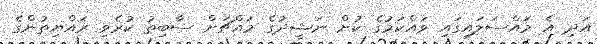
އަދި އެ މައްސަލައިގައި ވައްކަމުގެ ކުށް ނަޝީދުގެ މައްޗަށް ސާބިތު ކުރެވި ރައްޔިތުންގެ